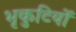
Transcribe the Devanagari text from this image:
भृकुटियों